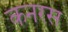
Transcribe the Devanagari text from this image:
कनरस